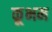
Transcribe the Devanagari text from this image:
कूभम